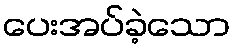
ပေးအပ်ခဲ့သော